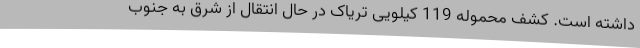
داشته است. کشف محموله 119 کیلویی تریاک در حال انتقال از شرق به جنوب